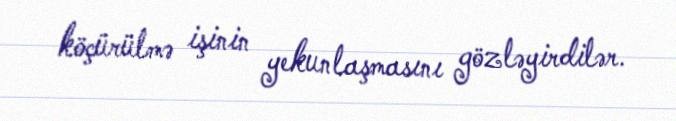
köçürülmə işinin yekunlaşmasını gözləyirdilər.